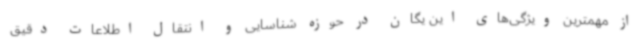
از مهمترین ویژگی‌های این یگان در حوزه شناسایی و انتقال اطلاعات دقیق